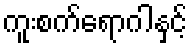
ကူးစက်ရောဂါနှင့်